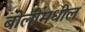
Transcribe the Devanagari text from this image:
बोलींमधील